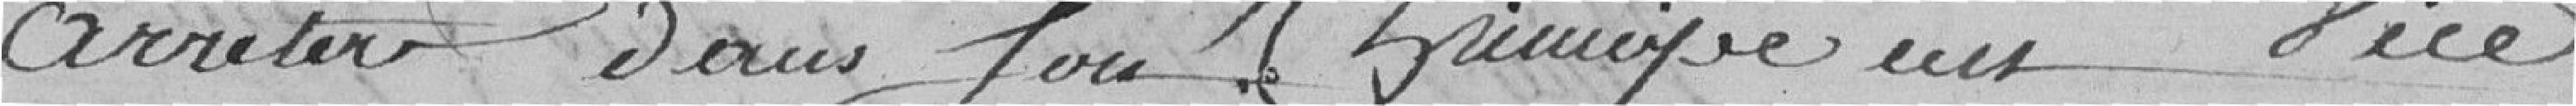
arrêter sans sou ?   vice